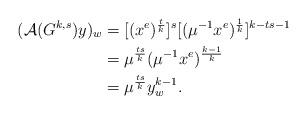
LaTeX: \begin{align*}(\mathcal{A}(G^{k,s})y)_{w} & =[(x^{e})^{\frac{t}{k}}]^{s}[(\mu^{-1}x^{e})^{\frac{1}{k}}]^{k-ts-1}\\& =\mu^{\frac{ts}{k}}(\mu^{-1}x^{e})^{\frac{k-1}{k}}\\& =\mu^{\frac{ts}{k}}y_{w}^{k-1}.\end{align*}